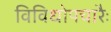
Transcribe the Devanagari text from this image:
विविधोपचारैः